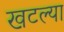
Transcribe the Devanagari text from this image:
खटल्या